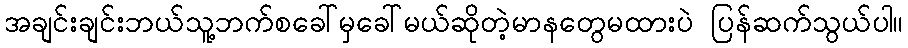
အချင်းချင်းဘယ်သူ့ဘက်စခေါ်မှခေါ်မယ်ဆိုတဲ့မာနတွေမထားပဲ ပြန်ဆက်သွယ်ပါ။